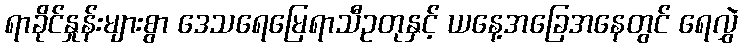
ရာခိုင်နှုန်းများစွာ ဒေသရေမြေရာသီဥတုနှင့် ယနေ့အခြေအနေတွင် ရေလွှဲ